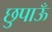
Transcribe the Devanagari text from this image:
छुपाऊँ